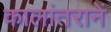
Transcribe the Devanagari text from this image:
कालांतरानें